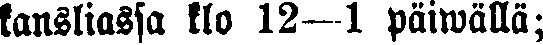
kansliassa klo 12—1 päiwällä;